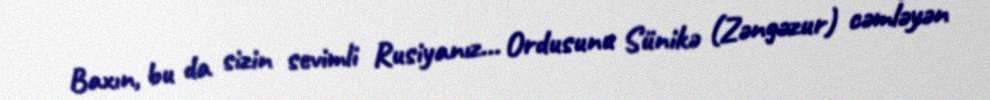
Baxın, bu da sizin sevimli Rusiyanız… Ordusunu Sünikə (Zəngəzur) cəmləyən